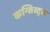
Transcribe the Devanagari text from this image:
कन्सिस्ट्स